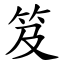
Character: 笈